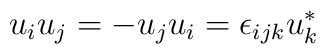
u_{i} u_{j}  = - u_{j} u_{i} = \epsilon_{ijk} u_{k}^{*}